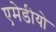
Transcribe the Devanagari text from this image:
एमेडीयो